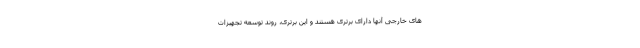
های خارجی آنها دارای برتری هستند و این برتری، روند توسعه تجهیزات